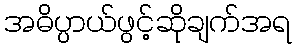
အဓိပ္ပာယ်ဖွင့်ဆိုချက်အရ